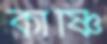
কার্ষ্ণি